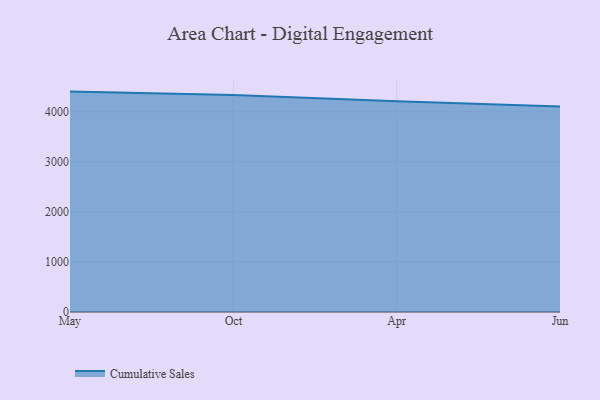
{"axis": {"x": "Month", "y": "Waste Production (Tons)"}, "legend": ["Cumulative Sales"], "data": [{"x": "May", "y": 4405.4, "type": "Cumulative Sales"}, {"x": "Oct", "y": 4338.7, "type": "Cumulative Sales"}, {"x": "Apr", "y": 4212.2, "type": "Cumulative Sales"}, {"x": "Jun", "y": 4108.7, "type": "Cumulative Sales"}]}